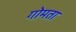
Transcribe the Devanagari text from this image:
गोमता